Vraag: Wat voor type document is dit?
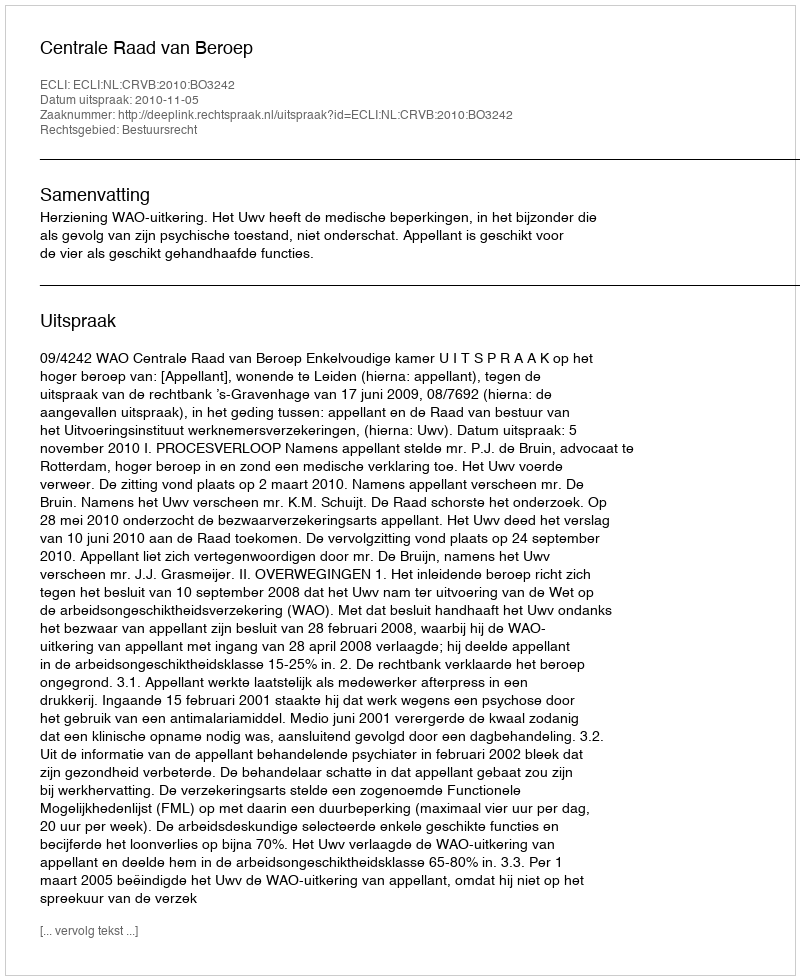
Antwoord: Uitspraak